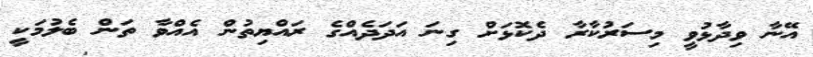
އޭނާ ވިދާޅުވީ މިސަރުކާރާ ދެކޮޅަށް ގިނަ އަދަދެއްގެ ރައްޔިތުން އެއްވާ ތަން ބެލުމަކީ